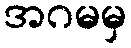
အဂမမှ